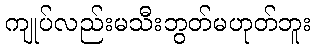
ကျုပ်လည်းမသီးဘွတ်မဟုတ်ဘူး